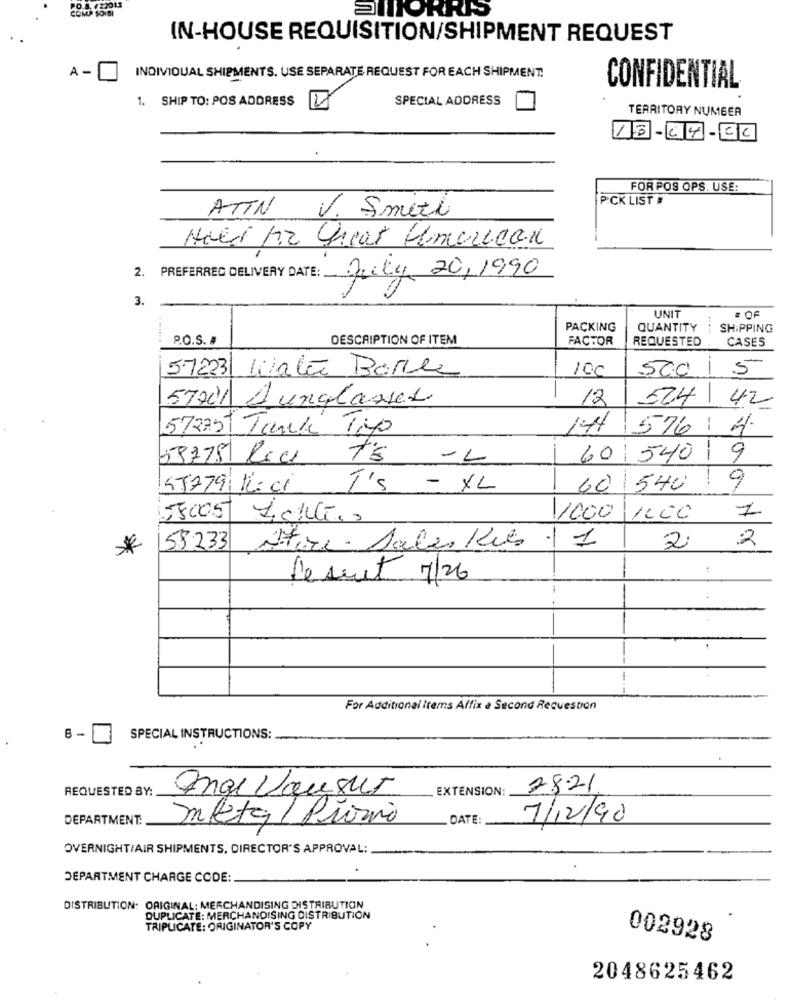
aMITORRIS
IN-HOUSE REQUISITION/SHIPMENT REQUEST
A -
INDIVIDUAL SHIPMENTS. USE SEPARATE REQUEST FOR EACH SHIPMENT.
CONFIDENTIAL
1. SHIP TO: POS ADDRESS
SPECIAL ADDRESS
4
TERRITORY NUMBER
FOR POS OPS. USE:
PICK LIST #
ATTN
V. Smith
Hold Ar Great American
2. PREFERRED DELIVERY DATE:
July 20,1990
3.
UNIT
: OF
PACKING
QUANTITY
.....
SHIPPING
P.O.S. #
DESCRIPTION OF ITEM
FACTOR
REQUESTED
CASES
57223
Water Bottle
100
500
1
5
57701
A unglasses
12
524 42
572757 Tanke Top
1H4 576 4
7's
-L
60 540 1
9
!
9
49779 KLici T'S - XL
60 540
1500.5 Lcul ..
11000
1
2
*
58233
Store - Sales Kies
2
de suet 7/26
----
--
For Additional Items Affix a Second Requestron
8-
SPECIAL INSTRUCTIONS:
REQUESTED BY:
EXTENSION:
28.21
Ange Lausur
DEPARTMENT:
Inkta / Promo
DATE
7/12/90
OVERNIGHT/AIR SHIPMENTS, DIRECTOR'S APPROVAL:
DEPARTMENT CHARGE CODE:
DISTRIBUTION: ORIGINAL: MERCHANDISING DISTRIBUTION
DUPLICATE: MERCHANDISING DISTRIBUTION
TRIPLICATE: ORIGINATOR'S COPY
002928
2048625462